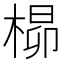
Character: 𪲺